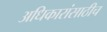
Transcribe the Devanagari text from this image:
अधिकारांसाठीच